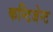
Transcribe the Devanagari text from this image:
कन्टिजेन्ट